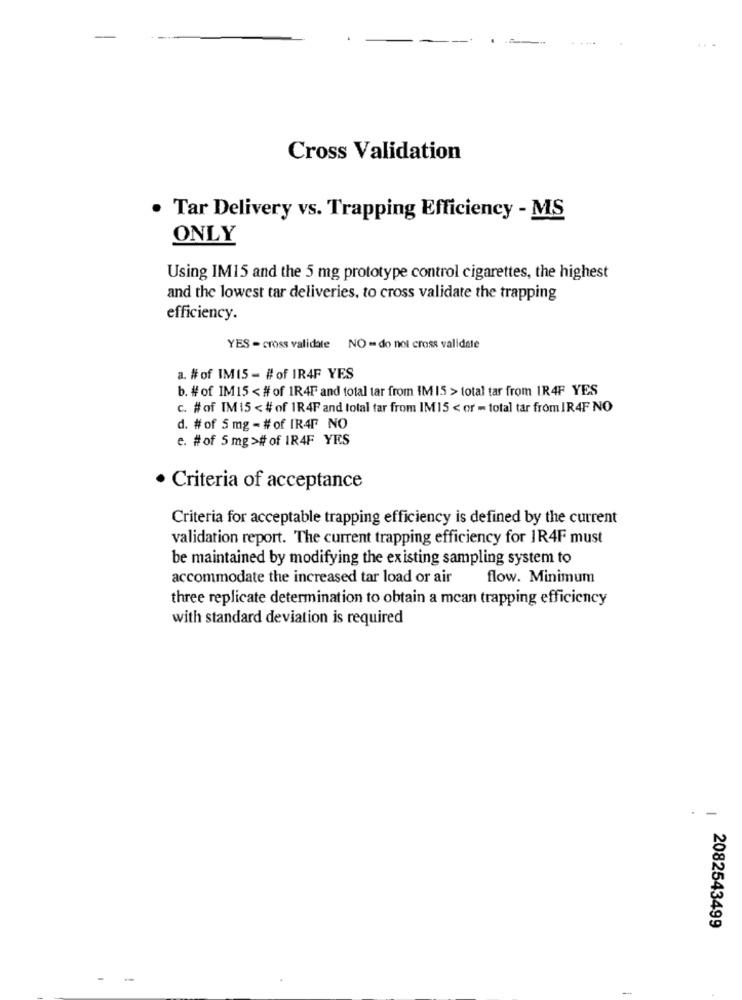
Cross Validation
. Tar Delivery vs. Trapping Efficiency - MS
ONLY
Using IM15 and the 5 mg prototype control cigarettes, the highest
and the lowest tar deliveries, to cross validate the trapping
efficiency.
YES - cross validate NO = do noi cross validate
a. # of IM15 - #of IR4F YES
b. # of IM15 < # of 1R4F and total tar from IMIS > total tar from IR4F YES
c. #of IM15 < # of 1R4F and total tar from IM15 < or = total tar from IR4F NO
d. # of 5 mg - # of IR4F NO
e. #of 5 mg ># of IR4F YES
· Criteria of acceptance
Criteria for acceptable trapping efficiency is defined by the current
validation report. The current trapping efficiency for IR4F must
be maintained by modifying the existing sampling system to
accommodate the increased tar load or air
flow. Minimum
three replicate determination to obtain a mean trapping efficiency
with standard deviation is required
-
2082543499
--